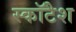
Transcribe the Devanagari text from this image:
स्कॉटैश